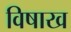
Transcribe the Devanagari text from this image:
विषाख